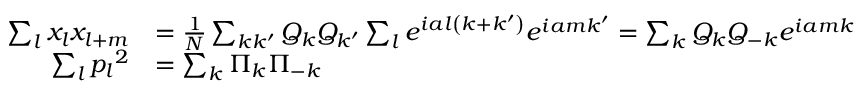
{ \begin{array} { r l } { \sum _ { l } x _ { l } x _ { l + m } } & { = { \frac { 1 } { N } } \sum _ { k k ^ { \prime } } Q _ { k } Q _ { k ^ { \prime } } \sum _ { l } e ^ { i a l \left( k + k ^ { \prime } \right) } e ^ { i a m k ^ { \prime } } = \sum _ { k } Q _ { k } Q _ { - k } e ^ { i a m k } } \\ { \sum _ { l } { p _ { l } } ^ { 2 } } & { = \sum _ { k } \Pi _ { k } \Pi _ { - k } } \end{array} }